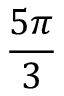
\frac { 5 \pi } { 3 }